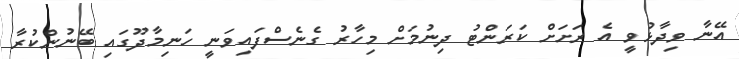
އޭނާ ވިދާޅުވީ އެ ރަށަށް ކަރަންޓު ދިނުމަށް މިހާރު ގެނެސްފައިވަނީ ހަނިމާދޫގައި ބޭނުންކުރާ